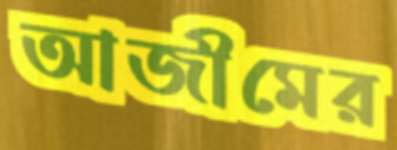
আজীমের